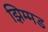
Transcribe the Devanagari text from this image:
झिम्मड